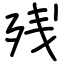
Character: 残